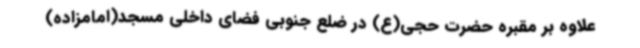
علاوه بر مقبره حضرت حجی(ع) در ضلع جنوبی فضای داخلی مسجد(امامزاده)